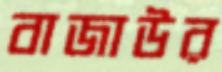
বাজাউর